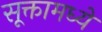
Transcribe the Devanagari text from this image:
सूक्तामध्ये